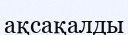
ақсақалды